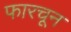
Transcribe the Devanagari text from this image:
फारचून